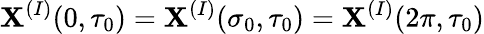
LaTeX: \mathbf{X}^{(I)}(0,\tau_{0})=\mathbf{X}^{(I)}(\sigma_{0},\tau_{0})=\mathbf{X}^{(I)}(2\pi,\tau_{0})